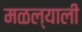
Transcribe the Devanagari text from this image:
मळल्याली